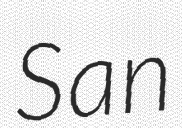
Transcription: San